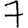
Digit: 7